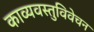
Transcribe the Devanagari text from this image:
काव्यवस्तुविवेचन